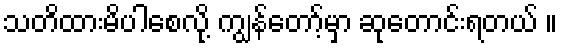
သတိထားမိပါစေလို့ ကျွန်တော့်မှာ ဆုတောင်းရတယ် ။